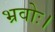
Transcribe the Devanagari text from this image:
भ्रवोः।